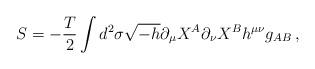
LaTeX: \begin{align*}S=-\frac{T}{2}\int d^2\sigma\sqrt{-h}\partial_\mu X^A\partial_\nu X^Bh^{\mu\nu}g_{AB}\, ,\end{align*}